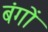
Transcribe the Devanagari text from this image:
बंगों